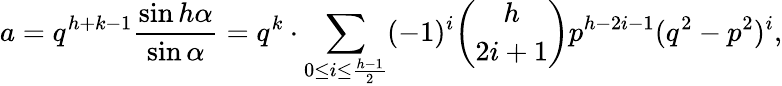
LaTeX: a=q^{h+k-1}{\frac{\sin h\alpha}{\sin\alpha}}=q^{k}\cdot\sum_{0\leq i\leq{\frac{h-1}{2}}}(-1)^{i}{\binom{h}{2i+1}}p^{h-2i-1}(q^{2}-p^{2})^{i},